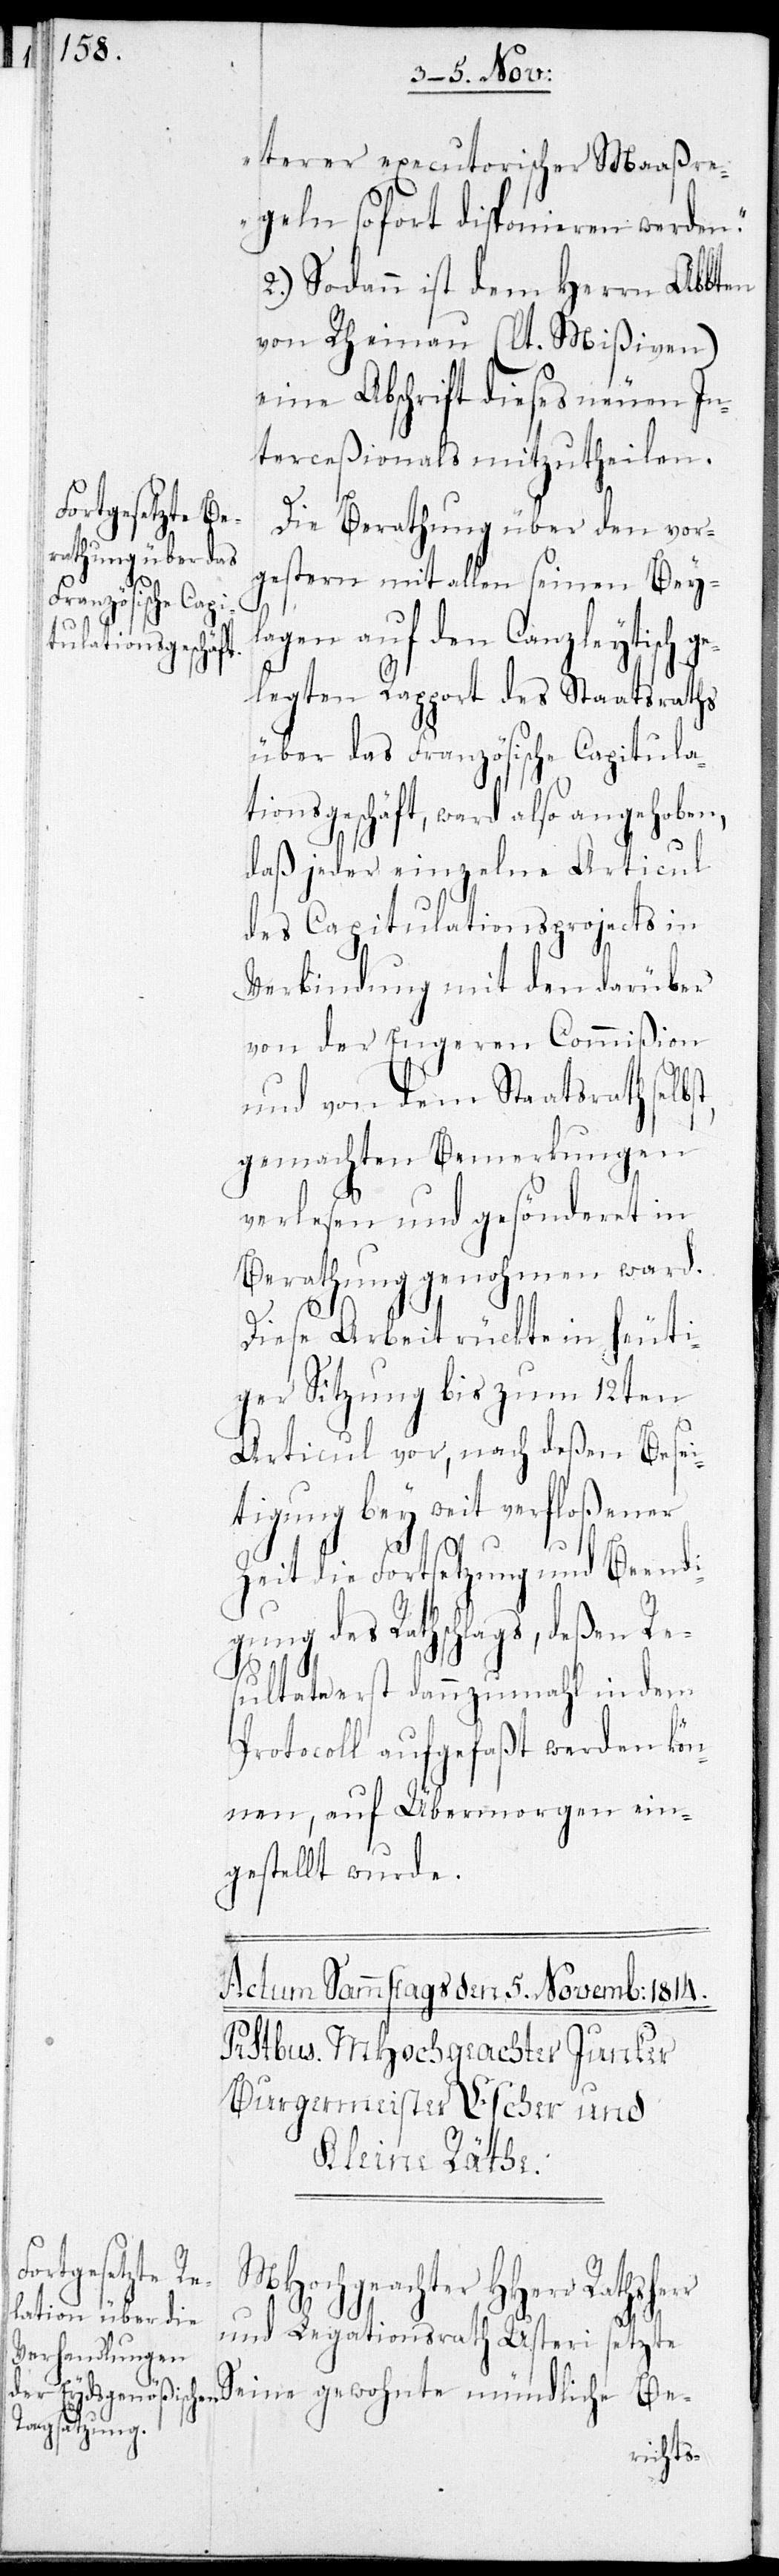
terer executorischer Maaßre¬
geln sofort disponieren werden.“
2.) Sodann ist dem Herrn Abbten
von Rheinau (lt. Mißiven)
eine Abschrift dieses neuen In¬
terkaßionals mitzutheilen.
ge¬
Die Berathung über den vor¬
gestern mit allen seinen Bey¬
lagen auf den Canzleytisch
legten Rapport des Staatsraths
über das Französische Capitula¬
tionsgeschäft, ward also angehoben,
daß jeder einzelne Articul
des Capitulationsprojects in
Verbindung mit den darüber
von der Engeren Commißion
und von dem Staatsrath selbst
gemachten Bemerkungen
verlesen und gesönderet in
Berathung genohmen ward.
Diese Arbeit rückte in heuti¬
ger Sitzung bis zum 12ten
Articul vor, nach deßen Besei¬
tigung bey weit verfloßener
s¬
Zeit die Fortsetzung und Beendi¬
gung des Rathschlags, deßen
ultate erst dannzumahl in dem
Protocoll aufgefaßt werden kön¬
nen, und Übermorgen ein¬
gestellt wurde.
MHochgeachter HHerr Rathshe¬
und Legationsrath Usteri
etzte
Seine gewohnte mündliche Be-